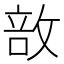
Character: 敨